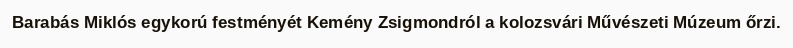
Barabás Miklós egykorú festményét Kemény Zsigmondról a kolozsvári Művészeti Múzeum őrzi.